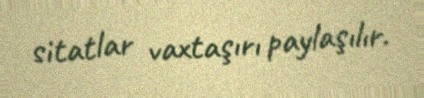
sitatlar vaxtaşırı paylaşılır.